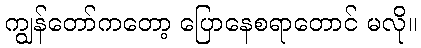
ကျွန်တော်ကတော့ ပြောနေစရာတောင် မလို။